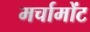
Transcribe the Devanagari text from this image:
मर्चामोंट